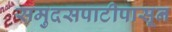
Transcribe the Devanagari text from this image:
समुदसपाटीपासून